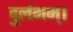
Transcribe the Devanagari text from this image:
दुर्लभम्।